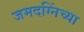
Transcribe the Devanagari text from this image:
जमदग्निंच्या